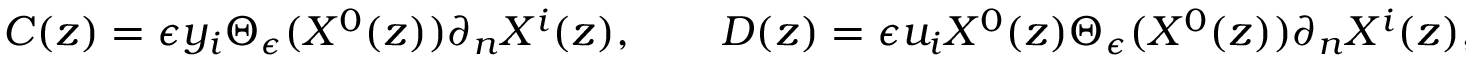
C ( z ) = \epsilon y _ { i } \Theta _ { \epsilon } ( X ^ { 0 } ( z ) ) \partial _ { n } X ^ { i } ( z ) , \qquad D ( z ) = \epsilon u _ { i } X ^ { 0 } ( z ) \Theta _ { \epsilon } ( X ^ { 0 } ( z ) ) \partial _ { n } X ^ { i } ( z ) ,